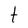
Character: t